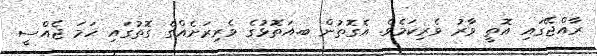
ރާއްޖޭގައި އޮތީ ވާރު ވެރިކަމެވެ. އެގޮތުން ބ.އަތޮޅުގެ ވެރިރަށެއްގެ ގޮތުގައި ހަމަ ޖެއްސީ